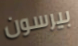
بيرسون